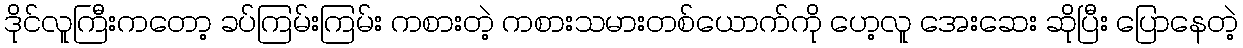
ဒိုင်လူကြီးကတော့ ခပ်ကြမ်းကြမ်း ကစားတဲ့ ကစားသမားတစ်ယောက်ကို ဟေ့လူ အေးဆေး ဆိုပြီး ပြောနေတဲ့